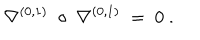
\nabla ^ { ( 0 , 1 ) } \; \circ \; \nabla ^ { ( 0 , 1 ) } \ = \ 0 \ .